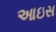
આઇસ